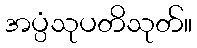
အပ္ပံသုပတိသုတ်။